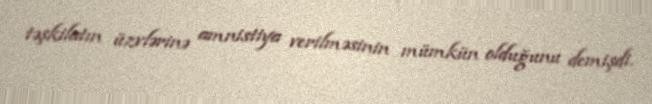
təşkilatın üzvlərinə amnistiya verilməsinin mümkün olduğunu demişdi.